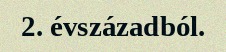
2. évszázadból.